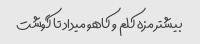
بیشتر مزه کلم و کاهو میداد تا گوشت